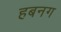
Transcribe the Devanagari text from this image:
हबनग